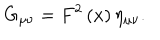
LaTeX: G _ { \mu \nu } = F ^ { 2 } \left( x \right) \eta _ { \mu \nu } .